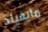
مايفيلد